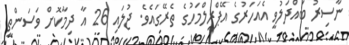
ނާސިރު ބައްދަލުވީ އެއަހަރުގެ އޭޕްރީލްމަހުގެ ތެރޭގައެވެ. ޖުލައި 26 އާ ދިމާކޮށް ވަސަންތީ